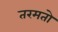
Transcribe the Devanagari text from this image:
तरमतो